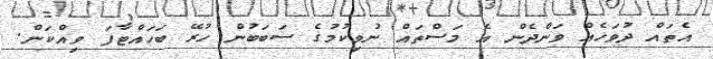
އެތައް ދުވަހެއް ވަންދެން އެ މަސްތައް ނުވިކުމުގެ ސަބަބުން ހުރޭ ބަހައްޓާފަ ވިއްކަން.